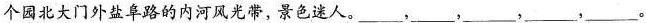
个园北大门外盐阜路的内河风光带，景色迷人。___，___，___，___，___。